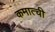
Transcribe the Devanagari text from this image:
कमात्ची